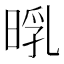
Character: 𣈃